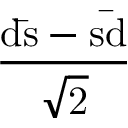
\mathrm { \frac { d { \bar { s } } - s { \bar { d } } } { \sqrt { 2 } } }